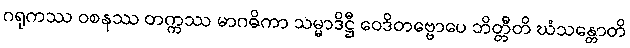
ဂရုကဿ ဝစနဿ တက္ကဿ မာဂဓိကာ သမ္မာဒိဋ္ဌီ ဝေဒိတဗ္ဗောပေ ဘိတ္တီတိ ဃံသန္တောတိ